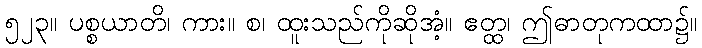
၅၂၃။ ပစ္စယာတိ၊ ကား။ စ၊ ထူးသည်ကိုဆိုအံ့။ ဧတ္ထ၊ ဤဓာတုကထာ၌။